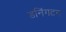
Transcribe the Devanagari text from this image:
डनिंगटन